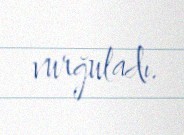
vurğuladı.